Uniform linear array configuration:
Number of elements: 8
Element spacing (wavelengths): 0.75
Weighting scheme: exponential
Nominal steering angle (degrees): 30
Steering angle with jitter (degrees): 31.175
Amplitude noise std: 0.05
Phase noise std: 0.05

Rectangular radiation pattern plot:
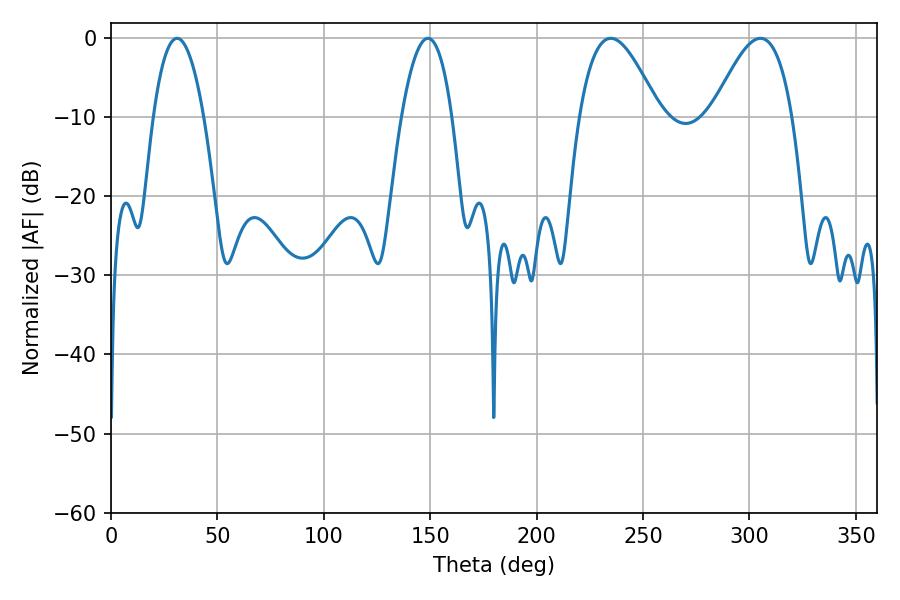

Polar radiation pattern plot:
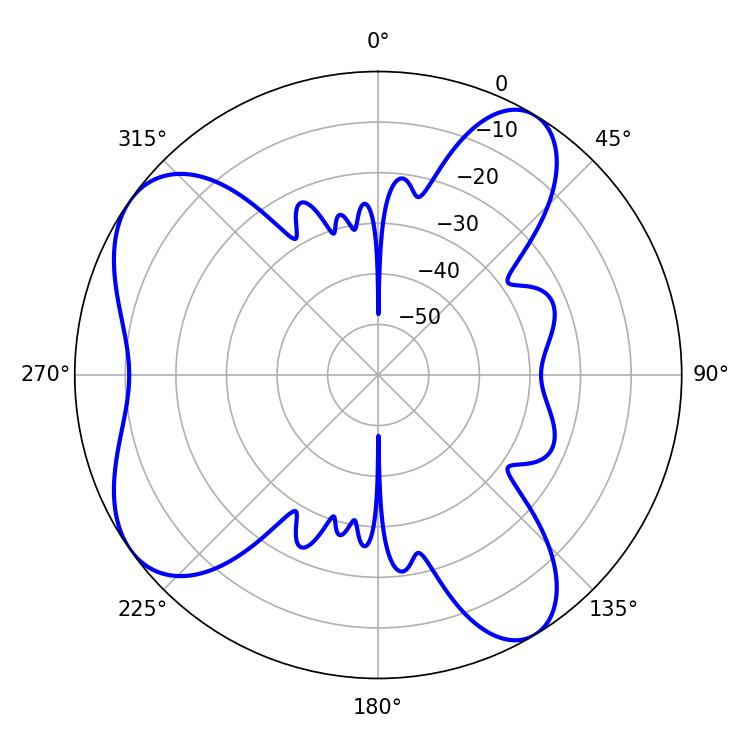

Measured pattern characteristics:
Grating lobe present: TRUE
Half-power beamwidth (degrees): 20.34
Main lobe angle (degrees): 234.9